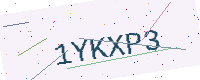
Text: 1YKXP3